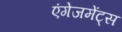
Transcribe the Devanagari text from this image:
एंगेजमेंट्स